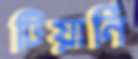
টিয়ার্নি